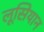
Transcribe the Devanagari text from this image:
लूसियान